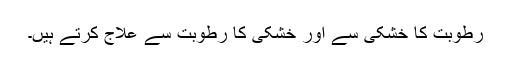
رطوبت کا خشکی سے اور خشکی کا رطوبت سے علاج کرتے ہیں۔